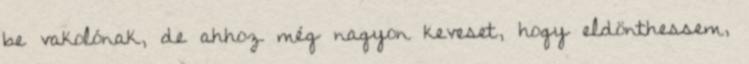
be vakolónak, de ahhoz még nagyon keve­set, hogy eldönthessem,